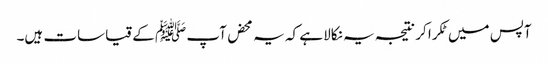
آپس میں ٹکرا کر نتیجہ یہ نکالا ہے کہ یہ محض آپ ﷺ کے قیاسات ہیں۔